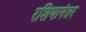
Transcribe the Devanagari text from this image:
रशियानंतर